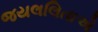
જયલલિતાએ